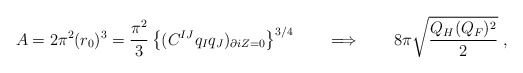
\begin{align*}A= 2\pi^2 (r_0)^3 = {\pi^2\over 3} \left\{ (C^{IJ} q_I q_J)_{\partial iZ=0}\right\}^{3/4} \qquad \Longrightarrow \qquad 8\pi \sqrt {Q_H (Q_F)^2\over 2} \ ,\end{align*}